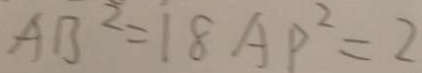
A B ^ { 2 } = 1 8 A P ^ { 2 } = 2